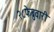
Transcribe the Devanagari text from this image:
२८फेब्रुवारी